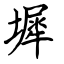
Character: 墀